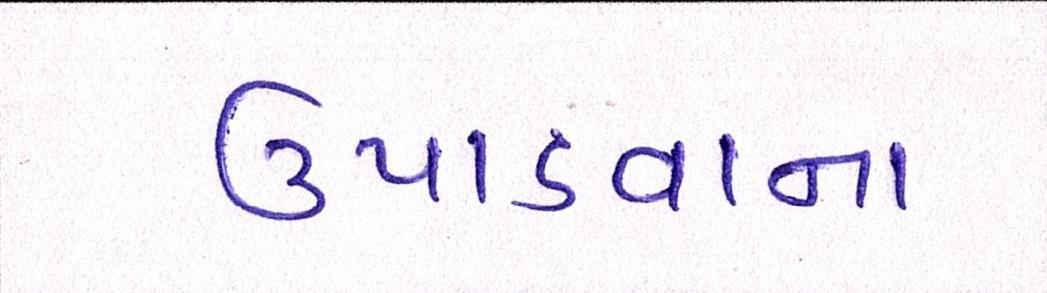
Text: ઉપાડવાના